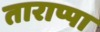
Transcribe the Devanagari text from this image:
ताराप्पा